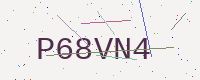
Text: P68VN4